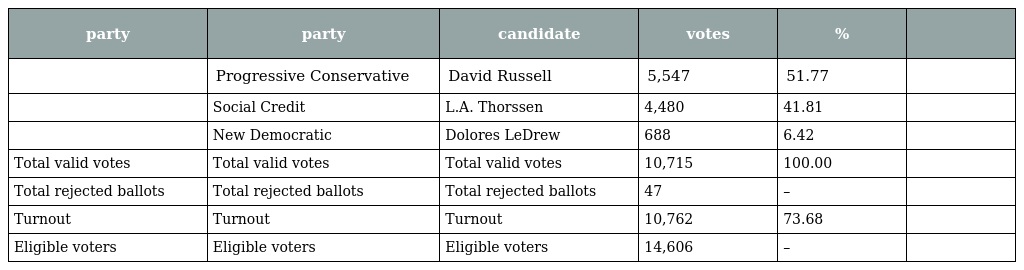
| party | party | candidate | votes | % |  |
 | --- | --- | --- | --- | --- | --- |
 |  | Progressive Conservative | David Russell | 5,547 | 51.77 |  |
 |  | Social Credit | L.A. Thorssen | 4,480 | 41.81 |  |
 |  | New Democratic | Dolores LeDrew | 688 | 6.42 |  |
 | Total valid votes | Total valid votes | Total valid votes | 10,715 | 100.00 |  |
 | Total rejected ballots | Total rejected ballots | Total rejected ballots | 47 | – |  |
 | Turnout | Turnout | Turnout | 10,762 | 73.68 |  |
 | Eligible voters | Eligible voters | Eligible voters | 14,606 | – |  |